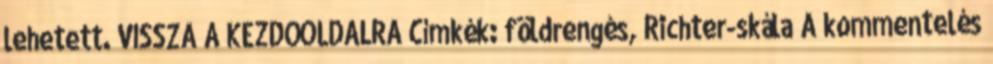
lehetett. VISSZA A KEZDŐOLDALRA Címkék: földrengés, Richter-skála A kommentelés